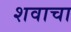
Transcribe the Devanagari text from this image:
शवाचा